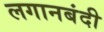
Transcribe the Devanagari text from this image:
लगानबंदी